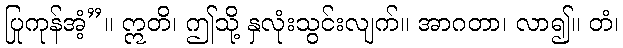
ပြုကုန်အံ့”။ ဣတိ၊ ဤသို့ နှလုံးသွင်းလျက်။ အာဂတာ၊ လာ၍။ တံ၊